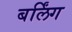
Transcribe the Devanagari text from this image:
बर्लिंग